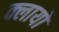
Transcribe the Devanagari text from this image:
क्लायों